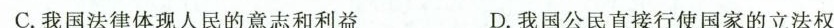
C.我国法律体现人民的意志和利益 D.我国公民直接行使国家的立法权